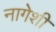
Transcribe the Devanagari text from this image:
नागेशी